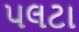
પલટા